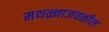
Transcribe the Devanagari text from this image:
मथळ्याजवळील